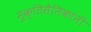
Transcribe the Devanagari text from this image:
मुक्तिसैनिकांनी